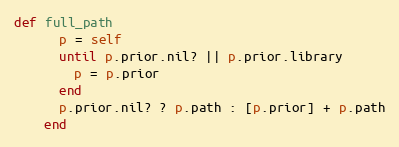
Language: Ruby
def full_path
      p = self
      until p.prior.nil? || p.prior.library
        p = p.prior
      end
      p.prior.nil? ? p.path : [p.prior] + p.path
    end